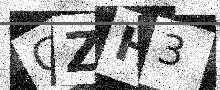
Text: GZH3